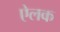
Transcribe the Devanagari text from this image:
ऐलक